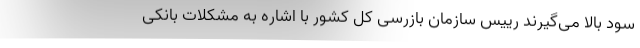
سود بالا می‌گیرند رییس سازمان بازرسی کل کشور با اشاره به مشکلات بانکی